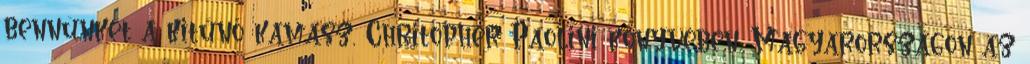
bennünket a kitűnő kamasz, Chritopher Paolini könyvében. Magyarországon az